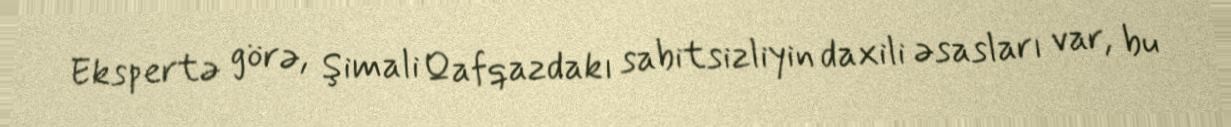
Ekspertə görə, Şimali Qafqazdakı sabitsizliyin daxili əsasları var, bu